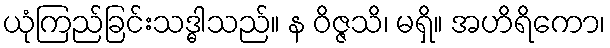
ယုံကြည်ခြင်းသဒ္ဓါသည်။ န ဝိဇ္ဇသိ၊ မရှိ။ အဟိရိကော၊